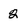
Character: 2